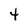
Character: 4